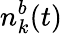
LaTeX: n_{k}^{b}(t)